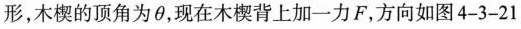
形，木楔的顶角为θ，现在木楔背上加一力F，方向如图4-3-21